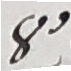
8.